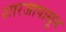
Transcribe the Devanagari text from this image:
शारजापासून